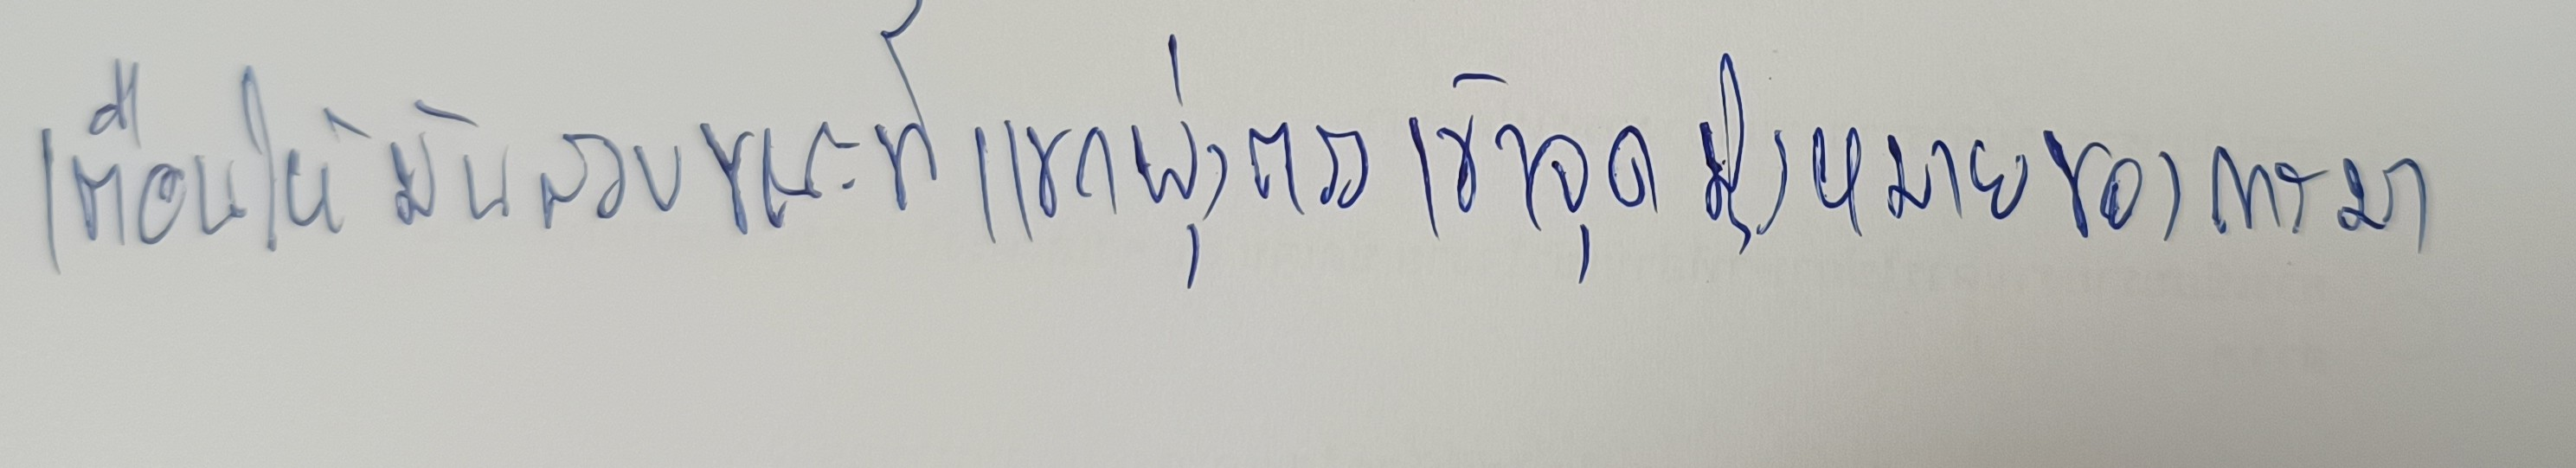
เตือนให้มันสงบขณะที่แขกพุ่งตรงเข้าจุดมุ่งหมายของการมา